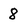
Character: 8